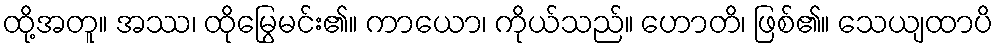
ထို့အတူ။ အဿ၊ ထိုမြွေမင်း၏။ ကာယော၊ ကိုယ်သည်။ ဟောတိ၊ ဖြစ်၏။ သေယျထာပိ